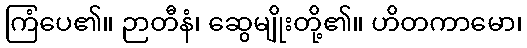
ကြံပေ၏။ ဉာတီနံ၊ ဆွေမျိုးတို့၏။ ဟိတကာမော၊